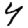
Digit: 4